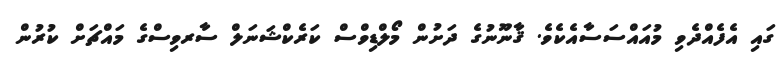
ގައި އެފެއްދެވި މުއައްސަސާއެކެވެ. ޤާނޫނުގެ ދަށުން މޯލްޑިވްސް ކަރެކްޝަނަލް ސާރވިސްގެ މައްޗަށް ކުރުން